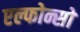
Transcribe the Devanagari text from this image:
एल्फोन्सो